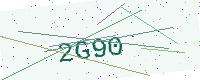
Text: 2G90